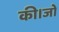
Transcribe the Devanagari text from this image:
की।जो